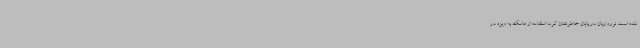
شده است. نوروزیان در پایان خاطرنشان کرد: استفاده از ماسک به ویژه در